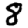
Digit: 8